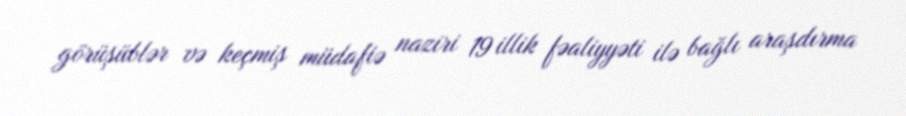
görüşüblər və keçmiş müdafiə naziri 19 illik fəaliyyəti ilə bağlı araşdırma